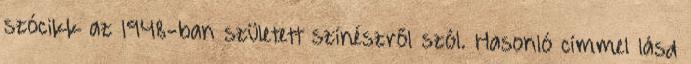
szócikk az 1948-ban született színészről szól. Hasonló címmel lásd